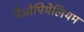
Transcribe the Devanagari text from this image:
मैओपिथेलियम